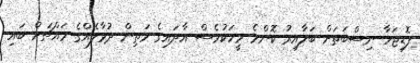
ފޮޑިޖަހާ ނިސްބަތަށް ބަލާއިރު ކޮންމެ މީހަކުވެސް އާދައިގެ މަތިން ދުވާލެއްގެ މައްޗަށް ބައި